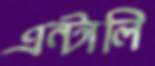
এন্টালি